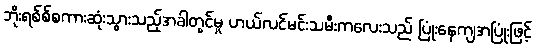
ဘိုးရစ်စ်စကားဆုံးသွားသည့်အခါတွင်မူ ဟယ်လင်မင်းသမီးကလေးသည် ပြုံးနေကျအပြုံးဖြင့်